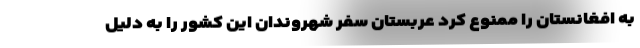
به افغانستان را ممنوع کرد عربستان سفر شهروندان این کشور را به دلیل